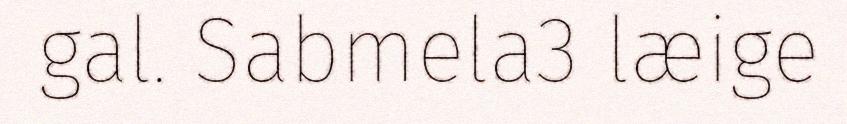
gal. Sabmela3 læige